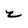
Character: z